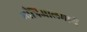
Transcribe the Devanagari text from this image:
माँत्रिआलमार्गे